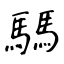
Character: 騳